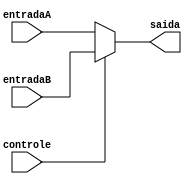
module Mux2_1(
        input [31:0] entradaA,
        input [31:0] entradaB,
        input controle,
        output reg [31:0] saida
);

  always @(*) begin

      if (~controle)
        saida <= entradaA;

      else
        saida <= entradaB;

    end


endmodule